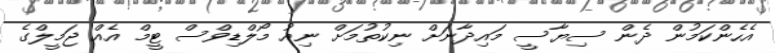
އެހެންކަމުން ދެން ސިޔާސީ މައިދާނަށް ނިކުތުމަށް ނިއު މޯލްޑިވްސް ޓީމް އެއް ޖަމީލްގެ